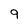
Character: 9